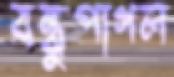
বন্ধুপাগল